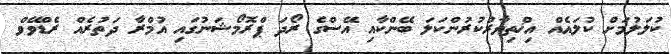
ކުލަލުމަށް ކުލައެއް އިޚްތިޔާރުކުރުންކަލަ ބޭންކާއި އޭސްގެ ރޯދަ ޕްރޮމޯޝަނުގައި އުމްރާ ދަތުރެއް ރެޑްވޭވް